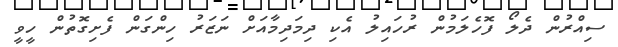
ސިއްރުން ދެލޯ ފޮހެލަމުން ރުހައިލު އެކި ދިމަދިމާއަށް ނަޒަރު ހިންގަން ފެށިގޮތުން ހީވީ